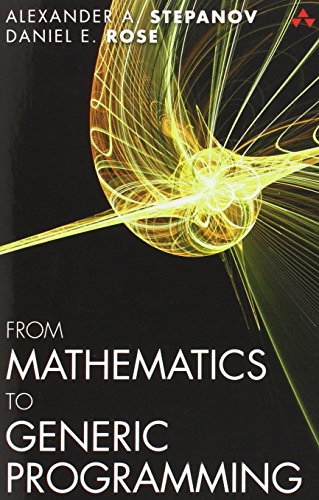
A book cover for From Mathematics to Generic Programming; Alexander A. Stepanov; Computers & Technology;